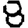
Digit: 8